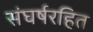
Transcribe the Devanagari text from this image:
संघर्षरहित